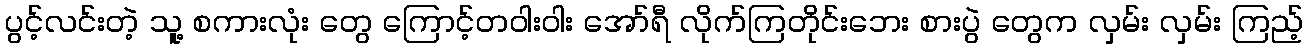
ပွင့်လင်းတဲ့ သူ့ စကားလုံး တွေ ကြောင့်တဝါးဝါး အော်ရီ လိုက်ကြတိုင်းဘေး စားပွဲ တွေက လှမ်း လှမ်း ကြည့်